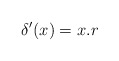
\begin{align*}\delta'(x)=x.r\end{align*}